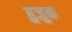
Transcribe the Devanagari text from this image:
हुजुक